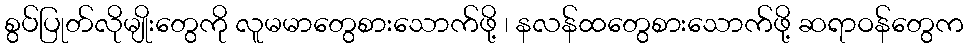
စွပ်ပြုတ်လိုမျိုးတွေကို လူမမာတွေစားသောက်ဖို့ ၊ နလန်ထတွေစားသောက်ဖို့ ဆရာဝန်တွေက